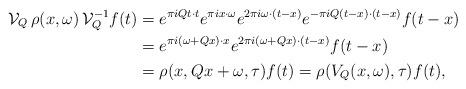
LaTeX: \begin{align*}\mathcal{V}_Q \, \rho(x,\omega) \, \mathcal{V}_Q^{-1} f(t)& = e^{\pi i Q t \cdot t} e^{\pi i x \cdot \omega} e^{2 \pi i \omega \cdot(t-x)} e^{- \pi i Q(t-x) \cdot (t-x)} f(t-x)\\& = e^{\pi i (\omega + Q x) \cdot x} e^{2 \pi i (\omega + Qx) \cdot (t-x)} f(t-x)\\& =\rho(x, Qx + \omega, \tau) f(t) = \rho(V_Q (x,\omega), \tau) f(t),\end{align*}